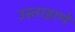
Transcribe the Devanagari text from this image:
उस्ताहाणे